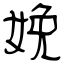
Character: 娩